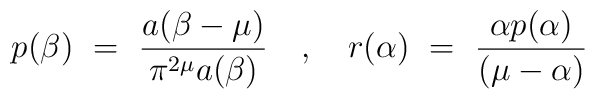
p(\beta) ~=~ \frac{a(\beta-\mu)}{\pi^{2\mu}a(\beta)} ~~~,~~~r(\alpha) ~=~ \frac{\alpha p(\alpha)}{(\mu-\alpha)}